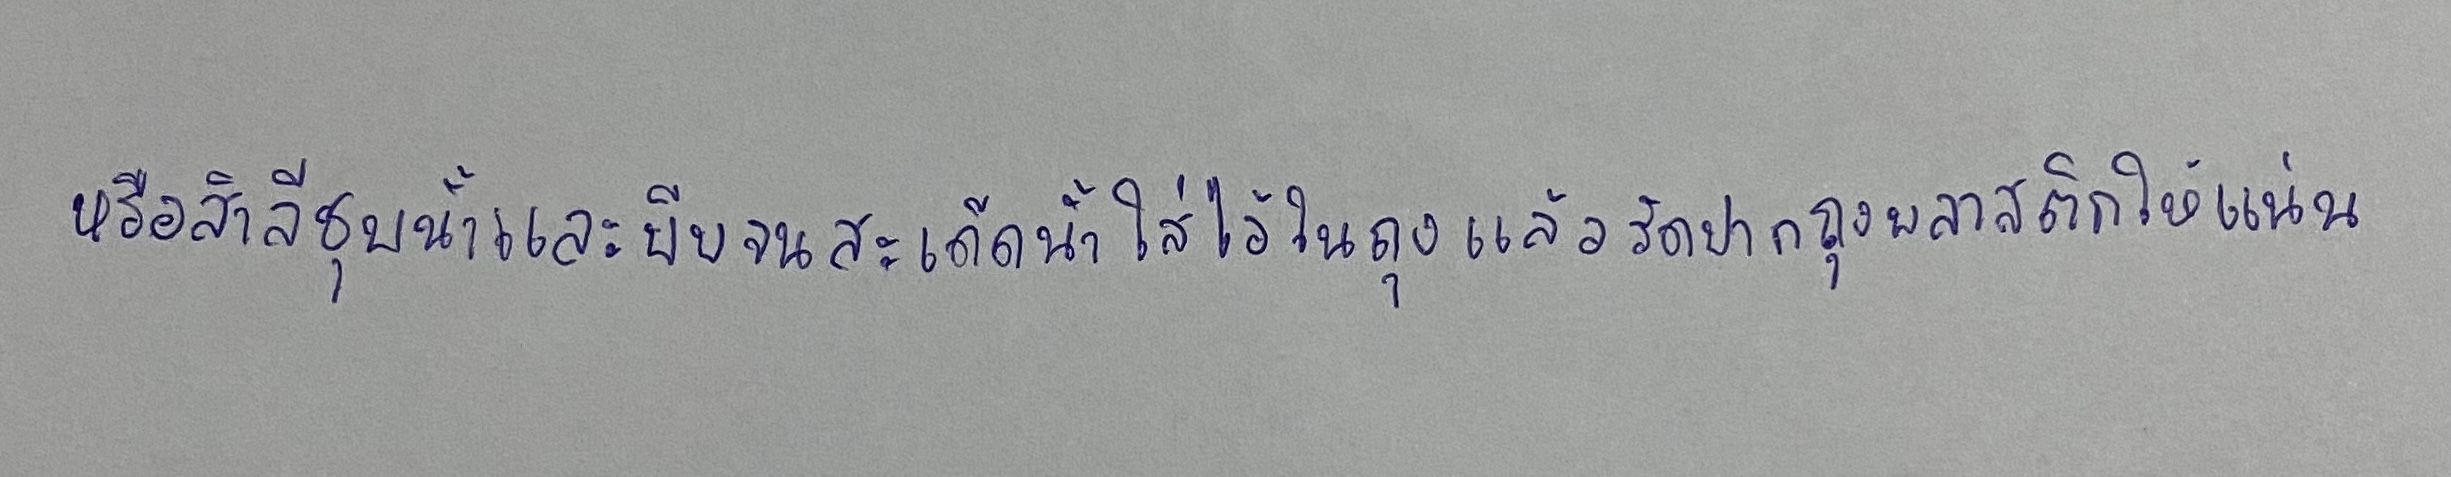
หรือสำลีชุบน้ำและบีบจนสะเด็ดน้ำใส่ไว้ในถุงแล้วรัดปากถุงพลาสติกให้แน่น